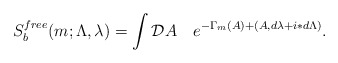
\begin{align*}S^{free}_{b}(m;\Lambda,\lambda) =\int{\cal D}A\quad e^{-\Gamma_m(A)+(A,d\lambda+i\ast d\Lambda)}.\end{align*}